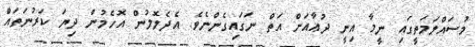
މުސައްލަމަތީގައި ނީމާ އިނީ ދުޢާއަށް އަތް ނަގައިގެންނެވެ. އެދެލޮލުން އޮހެމުން ދިޔަ ކަރުނަތައް